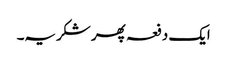
ایک دفعہ پھر شکریہ۔